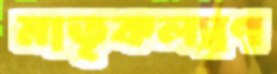
মাতৃকল্যাণ